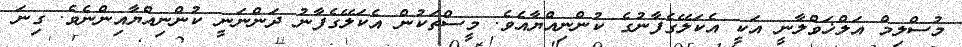
މުސްލިމް އަލްޚަވްލާނީ އަކީ އެކަލޭގެފާނުގެ ކުންނިއްޔާއެވެ. މީސްތަކުން އެކަލޭގެފާނު ދަންނަނީ ކުންނިއްޔާއިންނެވެ. ގިނަ